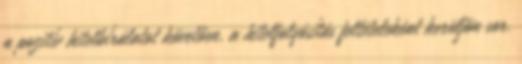
a pozitív hitelbírálatot követően, a hitelfolyósítás feltételeként kerüljön sor.